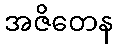
အဇိတေန